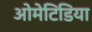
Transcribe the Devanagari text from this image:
ओमेटिडिया